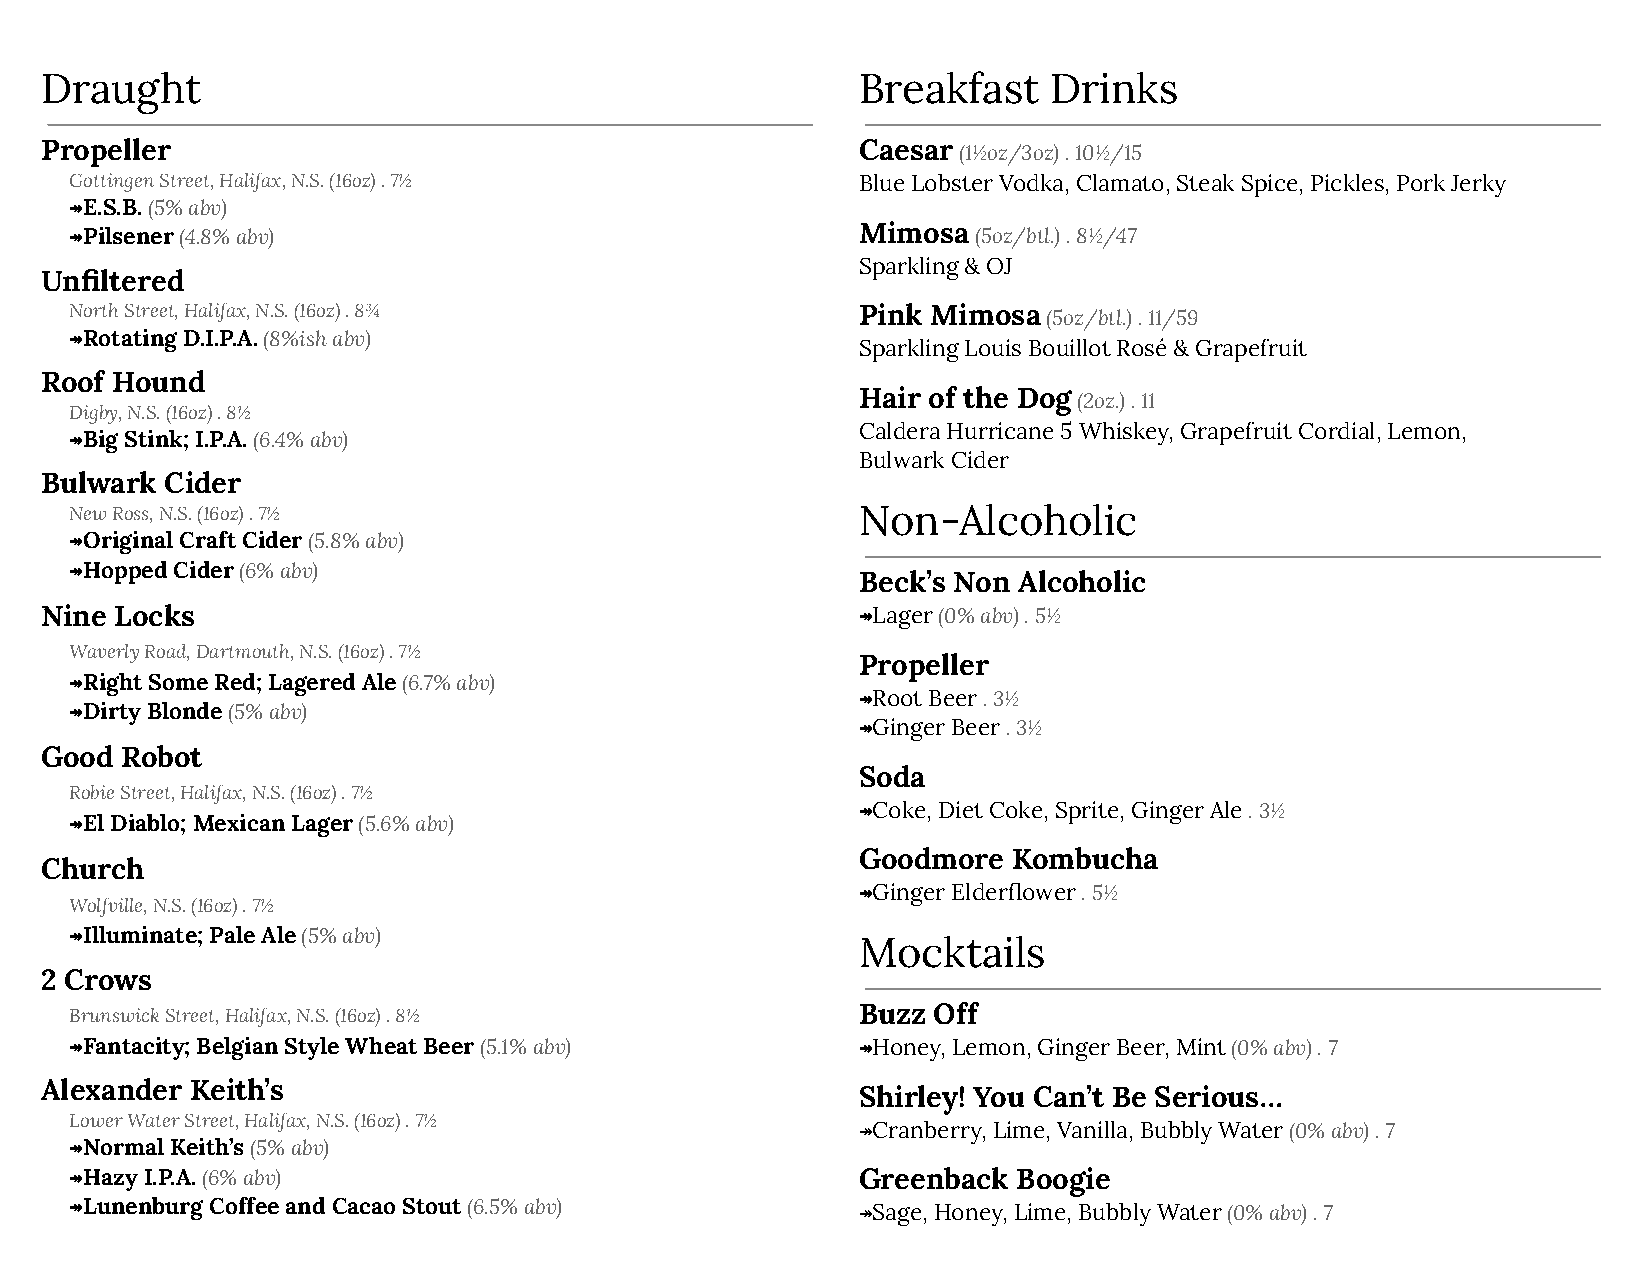
Draught                                               Breakfast    Drinks
 Propeller                                             Caesar (1½oz/3oz) . 10½/15
 Gottingen Street, Halifax, N.S. (16oz) . 7½         Blue Lobster Vodka, Clamato, Steak Spice, Pickles, Pork Jerky
 ↠E.S.B. (5% abv)
 ↠Pilsener (4.8% abv)                                Mimosa (5oz/btl.) . 8½/47
 Sparkling & OJ
 Unfiltered
 North Street, Halifax, N.S. (16oz) . 8¾             Pink Mimosa (5oz/btl.) . 11/59
 ↠Rotating D.I.P.A. (8%ish abv)
 Sparkling Louis Bouillot Rosé & Grapefruit
 Roof Hound
 Hair of the Dog (2oz.) . 11
 Digby, N.S. (16oz) . 8½
 Caldera Hurricane 5 Whiskey, Grapefruit Cordial, Lemon,
 ↠Big Stink; I.P.A. (6.4% abv)
 Bulwark Cider
 Bulwark Cider
 New Ross, N.S. (16oz) . 7½                          Non-Alcoholic
 ↠Original Craft Cider (5.8% abv)
 ↠Hopped Cider (6% abv)
 Beck’s Non Alcoholic
 Nine Locks                                            ↠ Lager (0% abv) . 5½
 Waverly Road, Dartmouth, N.S. (16oz) . 7½
 Propeller
 ↠Right Some Red; Lagered Ale (6.7% abv)
 ↠ Root Beer . 3½
 ↠Dirty Blonde (5% abv)
 ↠ Ginger Beer . 3½
 Good Robot
 Soda
 Robie Street, Halifax, N.S. (16oz) . 7½
 ↠ Coke, Diet Coke, Sprite, Ginger Ale . 3½
 ↠El Diablo; Mexican Lager (5.6% abv)
 Goodmore  Kombucha
 Church
 ↠ Ginger Elderflower . 5½
 Wolfville, N.S. (16oz) . 7½
 ↠Illuminate; Pale Ale (5% abv)
 Mocktails
 2 Crows
 Brunswick Street, Halifax, N.S. (16oz) . 8½         Buzz Off
 ↠Fantacity; Belgian Style Wheat Beer (5.1% abv)     ↠ Honey, Lemon, Ginger Beer, Mint (0% abv) . 7
 Alexander Keith’s
 Shirley! You Can’t Be Serious…
 Lower Water Street, Halifax, N.S. (16oz) . 7½
 ↠Cranberry, Lime, Vanilla, Bubbly Water (0% abv) . 7
 ↠Normal Keith’s (5% abv)
 ↠Hazy I.P.A. (6% abv)                               Greenback Boogie
 ↠Lunenburg Coffee and Cacao Stout (6.5% abv)        ↠Sage, Honey, Lime, Bubbly Water (0% abv) . 7